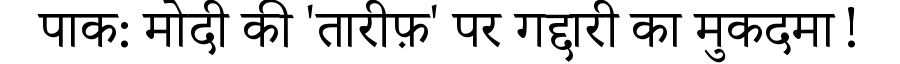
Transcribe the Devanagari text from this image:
पाक: मोदी की 'तारीफ़' पर गद्दारी का मुकदमा!